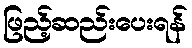
ဖြည့်ဆည်းပေးရန်